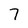
Character: 7